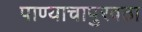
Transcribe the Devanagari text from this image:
पाण्याचापुरवठा